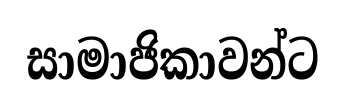
සාමාජිකාවන්ට